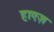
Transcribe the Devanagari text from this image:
हाएज़